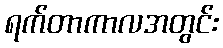
ရက်တာကာလအတွင်း